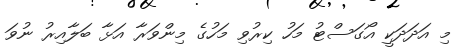
މި އަދަދަކީ އޯގަސްޓު މަހު ކިރުވި މަހުގެ މިންވަރާ އަޅާ ބަލާއިރު ނުވަ